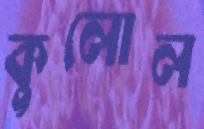
কুলোল